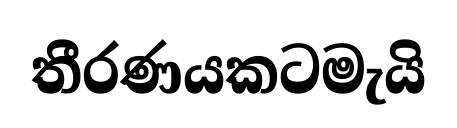
තීරණයකටමැයි